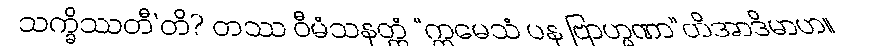
သက္ခိဿတီ’တိ? တဿ ဝီမံသနတ္ထံ “ဣမေသံ ပန ဗြာဟ္မဏာ”တိအာဒိမာဟ။